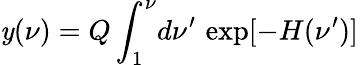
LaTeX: \mathit{y}(\nu)=Q\int_{1}^{\nu}\! d\nu^{\prime}\, \exp[-H(\nu^{\prime})]\,